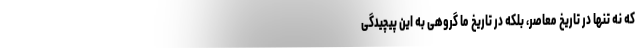
که نه تنها در تاریخ معاصر، بلکه در تاریخ ما گروهی به این پیچیدگی